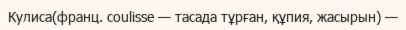
Кулиса(франц. coulisse — тасада тұрған, құпия, жасырын) —